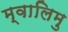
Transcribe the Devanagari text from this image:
म्वालिमु